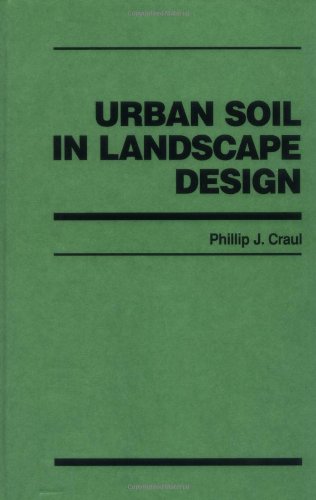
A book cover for Urban Soil in Landscape Design; Phillip J. Craul; Crafts, Hobbies & Home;